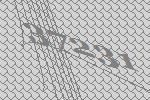
37231